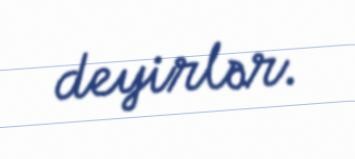
deyirlər.